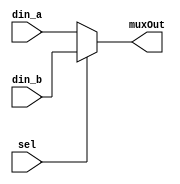
//Two input MUX

module mux2to1 (
	input wire sel,
	input wire [7:0] din_a, din_b,
	output wire [7:0] muxOut
	);

assign muxOut = (sel) ? din_b:din_a;


endmodule